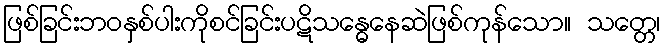
ဖြစ်ခြင်းဘဝနှစ်ပါးကိုစင်ခြင်းပဋိသန္ဓေနေဆဲဖြစ်ကုန်သော။ သတ္တေ၊